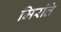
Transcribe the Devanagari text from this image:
मिरांते